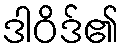
ဒါဝိဒ်၏